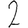
Digit: 2